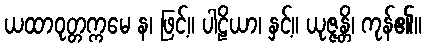
ယထာဝုတ္တက္ကမေ န၊ ဖြင့်။ ပါဠိယာ၊ နှင့်။ ယုဇ္ဇန္တိ၊ ကုန်၏။